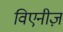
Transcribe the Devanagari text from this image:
विएनीज़